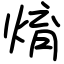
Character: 焴